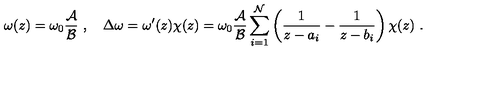
\omega ( z ) = \omega _ { 0 } { \frac { \cal A } { \cal B } } \ , \quad \Delta \omega = \omega ^ { \prime } ( z ) \chi ( z ) = \omega _ { 0 } { \frac { \cal A } { \cal B } } \sum _ { i = 1 } ^ { \cal N } \left( { \frac { 1 } { z - a _ { i } } } - { \frac { 1 } { z - b _ { i } } } \right) \chi ( z ) \ .